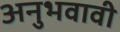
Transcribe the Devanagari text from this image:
अनुभवावी